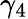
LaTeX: \gamma_{4}